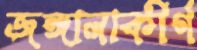
জঙ্গালাকীর্ণ